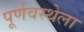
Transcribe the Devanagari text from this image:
पूर्णवस्थेला